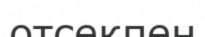
отсекпен